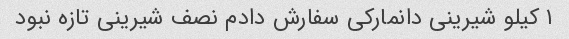
۱ کیلو شیرینی دانمارکی سفارش دادم نصف شیرینی تازه نبود